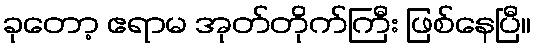
ခုတော့ ဧရာမ အုတ်တိုက်ကြီး ဖြစ်နေပြီ။